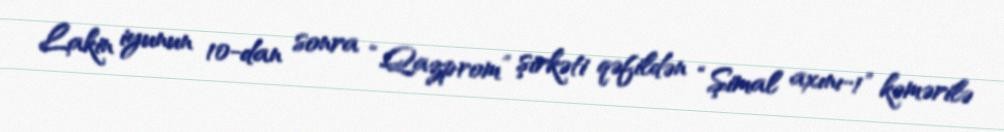
Lakin iyunun 10-dan sonra “Qazprom” şirkəti qəfildən “Şimal axını-1" kəmərilə